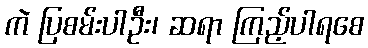
ကဲ ပြစမ်းပါဦး၊ ဆရာ ကြည့်ပါရစေ